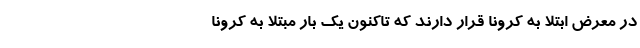
در معرض ابتلا به کرونا قرار دارند که تاکنون یک بار مبتلا به کرونا